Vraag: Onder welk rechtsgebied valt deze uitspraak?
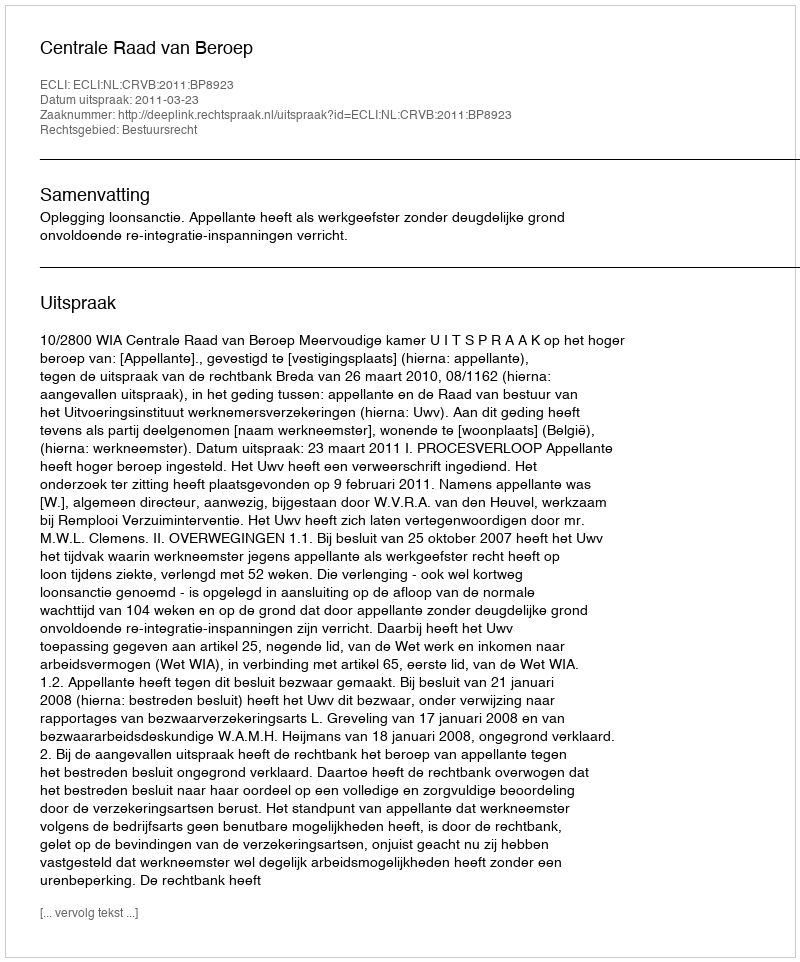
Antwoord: Bestuursrecht